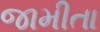
જામીતા